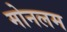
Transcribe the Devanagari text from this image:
मोनलम